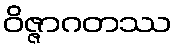
ဝိဇ္ဇာဂတဿ